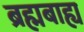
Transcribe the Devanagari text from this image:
ब्रह्मबाह्य